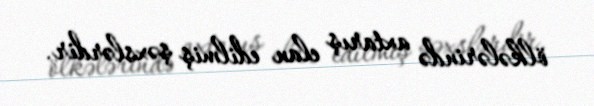
ölkələrində axtarış elan edilmiş şəxslərdir.